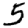
Digit: 5